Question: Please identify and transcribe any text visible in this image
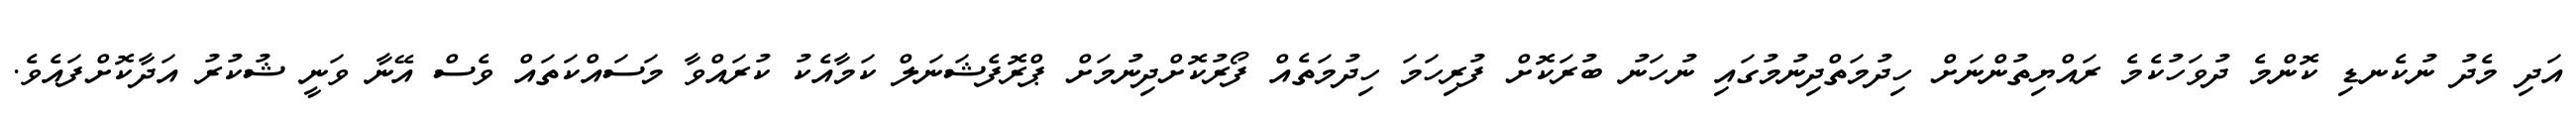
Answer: އަދި މެދު ނުކެނޑި ކޮންމެ ދުވަހުކެމެ ރައްޔިތުންނަށް ހިދުމަތްދިނުމުގައި ނުހަނު ބުރަކޮށް ފުރިހަމަ ހިދުމަތެއް ފޯރުކޮށްދިނުމަށް ޕްރޮފެޝަނަލް ކަމާއެކު ކުރައްވާ މަސައްކަތައް ވެސް އޭނާ ވަނީ ޝުކުރު އަދާކޮށްފައެވެ.